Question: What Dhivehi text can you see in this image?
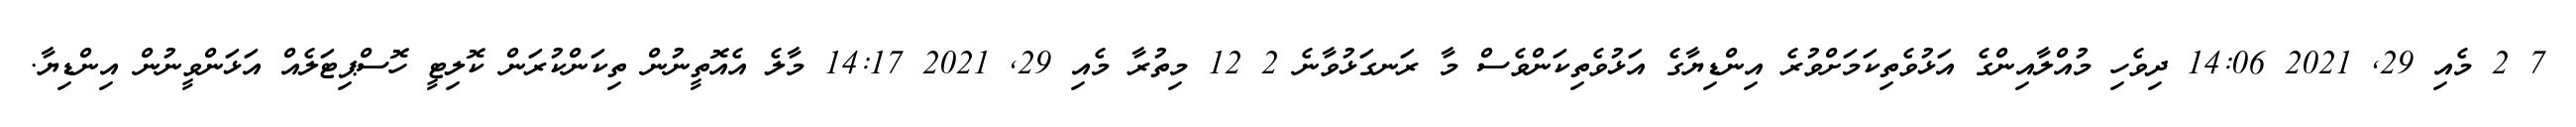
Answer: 7 2 މެއި 29, 2021 14:06 ދިވެހި މުއްލާއިންގެ އަޅުވެތިކަމަށްވުރެ އިންޑިޔާގެ އަޅުވެތިކަންވެސް މާ ރަނގަޅުވާނެ 2 12 މިތުރާ މެއި 29, 2021 14:17 މާލެ އެއޮތީނުން ތިކަންކުރަން ކޮލިޓީ ހޮސްޕިޓަލެއް އަޅަންވީނުން އިންޑިޔާ.